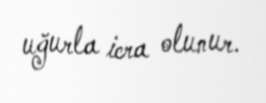
uğurla icra olunur.